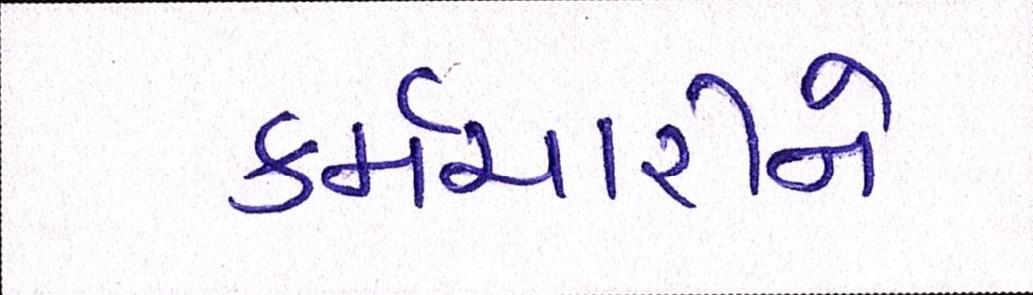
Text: કર્મચારીને